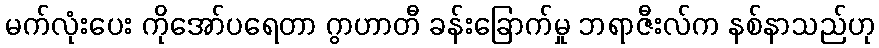
မက်လုံးပေး ကိုအော်ပရေတာ ဂွာဟာတီ ခန်းခြောက်မှု ဘရာဇီးလ်က နစ်နာသည်ဟု